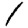
Digit: 1